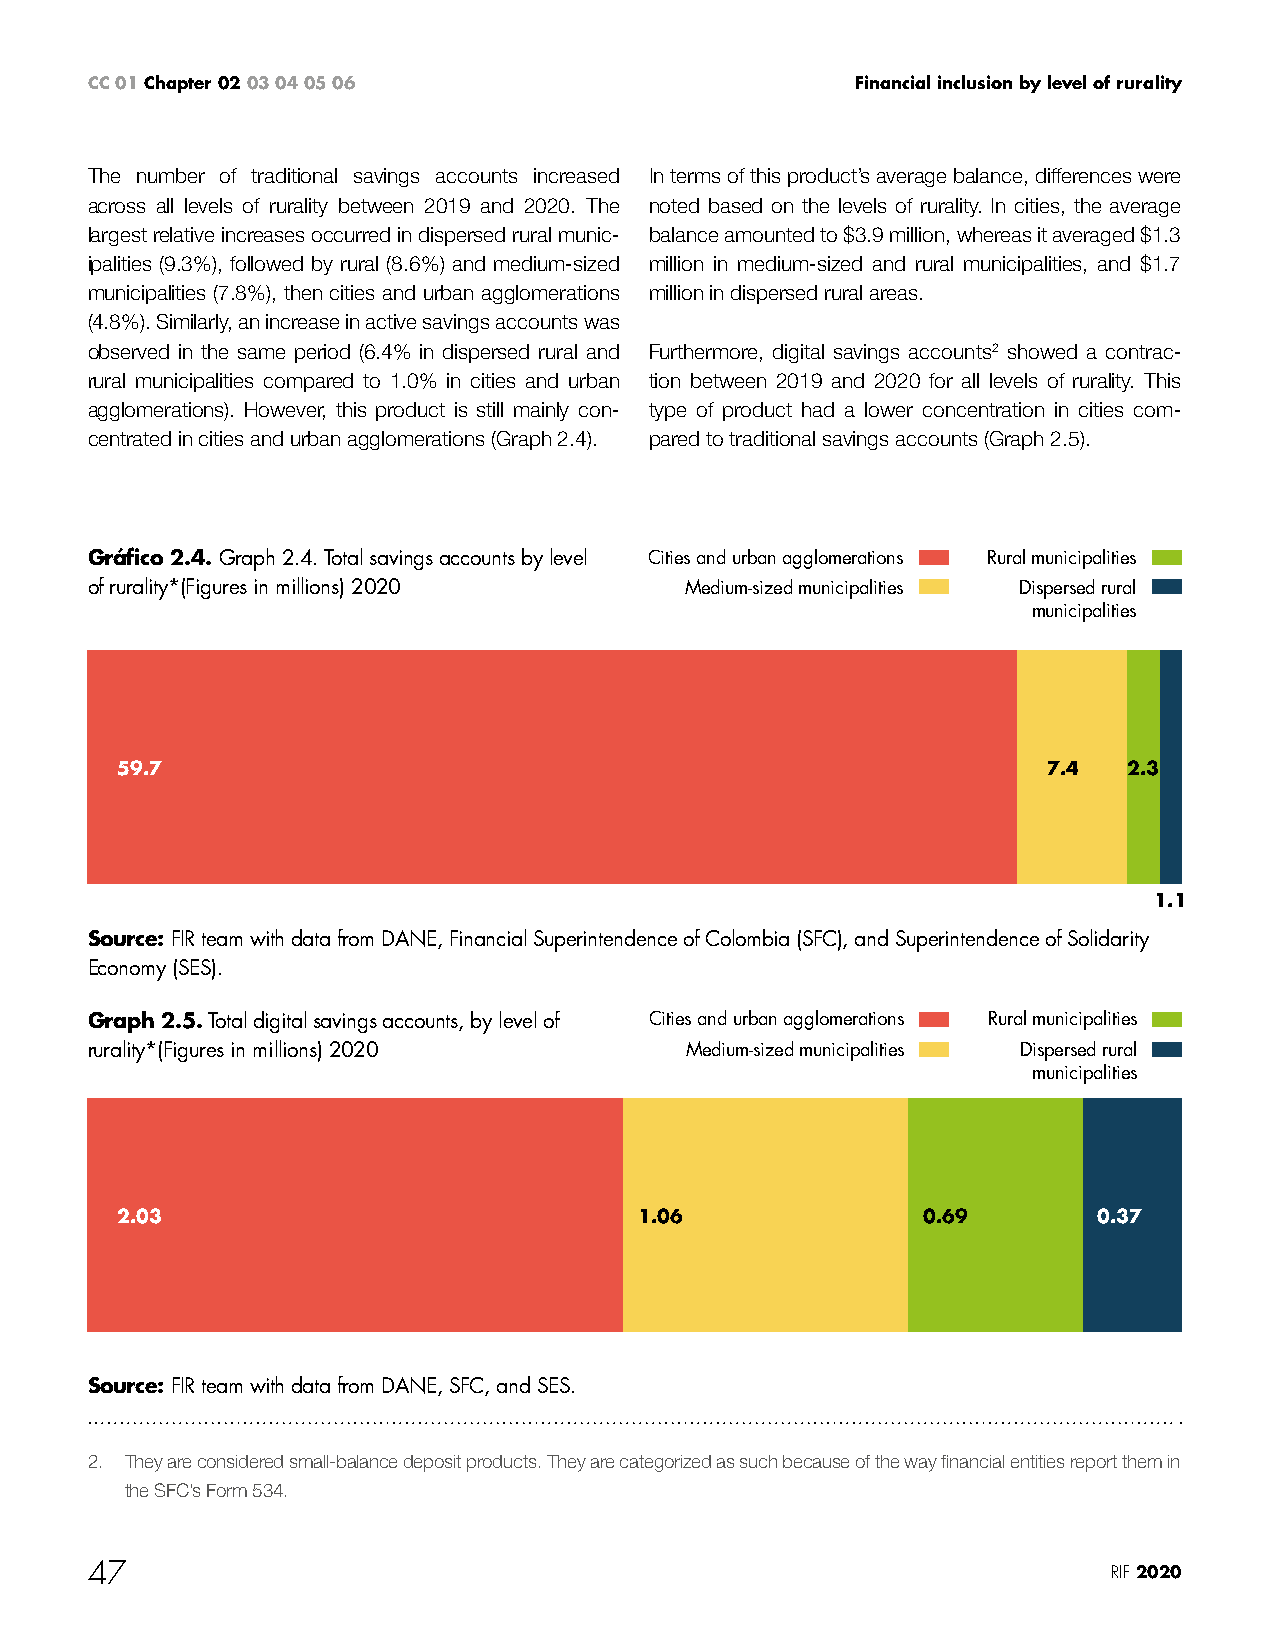
CC 01 Chapter 02 03 04 05 06                       Financial inclusion by level of rurality
 The number of traditional savings accounts increased In terms of this product’s average balance, differences were
 across all levels of rurality between 2019 and 2020. The noted based on the levels of rurality. In cities, the average
 largest relative increases occurred in dispersed rural munic- balance amounted to $3.9 million, whereas it averaged $1.3
 ipalities (9.3%), followed by rural (8.6%) and medium-sized million in medium-sized and rural municipalities, and $1.7
 municipalities (7.8%), then cities and urban agglomerations million in dispersed rural areas.
 (4.8%). Similarly, an increase in active savings accounts was
 observed in the same period (6.4% in dispersed rural and Furthermore, digital savings accounts2 showed a contrac-
 rural municipalities compared to 1.0% in cities and urban tion between 2019 and 2020 for all levels of rurality. This
 agglomerations). However, this product is still mainly con- type of product had a lower concentration in cities com-
 centrated in cities and urban agglomerations (Graph 2.4). pared to traditional savings accounts (Graph 2.5).
 Gráfico 2.4. Graph 2.4. Total savings accounts by level Cities and urban agglomerations Rural municipalities
 of rurality*(Figures in millions) 2020 Medium-sized municipalities Dispersed rural
 municipalities
 59.7                                                         7.4   2.3
 1.1
 Source: FIR team with data from DANE, Financial Superintendence of Colombia (SFC), and Superintendence of Solidarity
 Economy (SES).
 Graph 2.5. Total digital savings accounts, by level of Cities and urban agglomerations Rural municipalities
 rurality*(Figures in millions) 2020    Medium-sized municipalities Dispersed rural
 municipalities
 2.03                              1.06               0.69        0.37
 Source: FIR team with data from DANE, SFC, and SES.
 2. They are considered small-balance deposit products. They are categorized as such because of the way financial entities report them in
 the SFC’s Form 534.
 47                                                                  RIF 2020